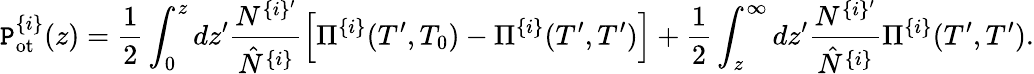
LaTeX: \mathtt{P}_{\mathrm{{ot}}}^{\{ i\} }(z)=\frac{{1}}{{2}}\int_{0}^{z}dz^{\prime}\frac{{N^{\{ i\} ^{\prime}}}}{{\hat{{N}}^{\{ i\} }}}\left[\Pi^{\{ i\} }(T^{\prime},T_{0})-\Pi^{\{ i\} }(T^{\prime},T^{\prime})\right]+\frac{{1}}{{2}}\int_{z}^{\infty}dz^{\prime}\frac{{N^{\{ i\} ^{\prime}}}}{{\hat{{N}}^{\{ i\} }}}\Pi^{\{ i\} }(T^{\prime},T^{\prime}).